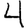
Digit: 4